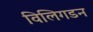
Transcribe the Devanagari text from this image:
विलिगडन